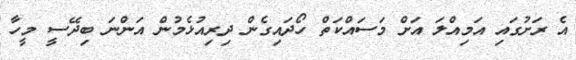
އެ ރަށުގައި އަމިއްލަ އަށް މަސައްކަތް ހޯދައިގެން ދިރިއުޅެމުން އަންނަ ބިދޭސީ މީހާ